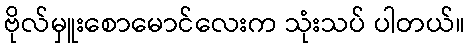
ဗိုလ်မှူးစောမောင်လေးက သုံးသပ် ပါတယ်။